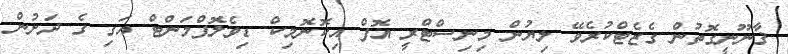
ޤާނޫނީގޮތުން ގެޒެޓްކުރެވޭ ލިޔުން މިނިސްޓްރީ އޮފް އިކޮނޮމިކް ޑިވެލޮޕްމަންޓް އަގި ގެ ދަށުން